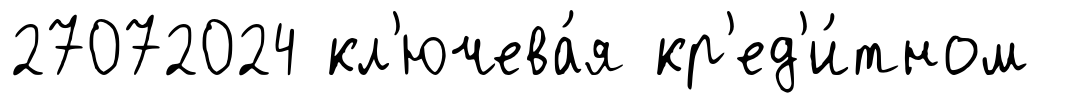
27072024 кл'ючева́я кр'ед'и́тном